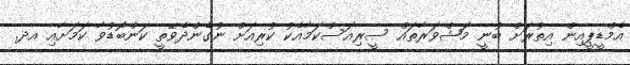
އެމްޑީޕީއިން އިތުރަށް ބުނީ މަޝްވަރާތައް ސީރިއަސްކަމާއެކު ކުރިއަށް ނުގެންދެވޭތީ ކަންބޮޑުވާ ކަމަށާއި އދ.